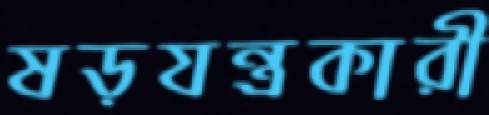
ষড়যন্ত্রকারী